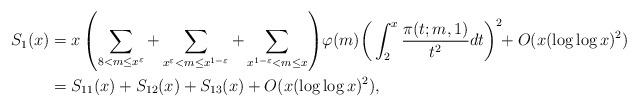
LaTeX: \begin{align*}S_1(x)&=x\left(\sum_{8<m\le x^{\varepsilon}}+\sum_{x^{\varepsilon}<m\le x^{1-\varepsilon}}+\sum_{x^{1-\varepsilon}<m\le x}\right)\!\varphi(m)\bigg(\int_{2}^{x}\frac{\pi(t;m,1)}{t^2}dt\bigg)^2\!\!+O(x(\log\log x)^2)\\&=S_{11}(x)+S_{12}(x)+S_{13}(x)+O(x(\log\log x)^2), \end{align*}